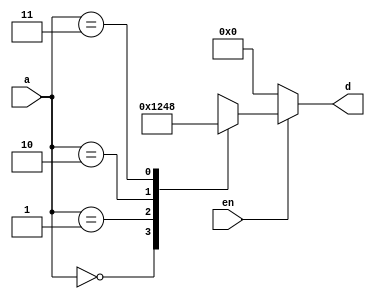
module decoder_2x4(d,a,en);
input en;
input [1:0]a;
output reg [3:0]d;
always@(a,en)
begin
 if(en==0)
    d=4'b0000;
 else
    case(a)
    2'b00: d=4'b0001;
    2'b01: d=4'b0010;
    2'b10: d=4'b0100;
    2'b11: d=4'b1000;
    endcase
 end
endmodule